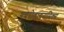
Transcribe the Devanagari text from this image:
एयरोडायनामिक्स